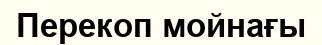
Перекоп мойнағы